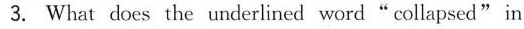
3. What does the underlined word"collapsed"in